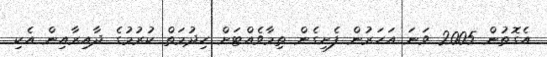
އެގޮތުން 2005 ވަނަ އަހަރުން ފެށިގެން ތިމާވެއްޓަށް ހިދުމަތް ކުރުމުގެ ދާއިރާއިން އެކި